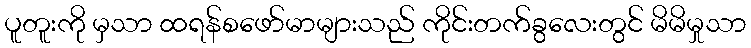
ပူတူးကို မှသာ ထရန်စဖော်မာများသည် ကိုင်းတက်ခွလေးတွင် မိမိမှုသာ